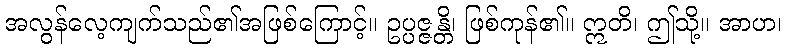
အလွန်လေ့ကျက်သည်၏အဖြစ်ကြောင့်။ ဥပ္ပဇ္ဇန္တိ၊ ဖြစ်ကုန်၏။ ဣတိ၊ ဤသို့။ အာဟ၊